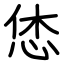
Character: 恷